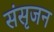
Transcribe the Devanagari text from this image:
संसृजन